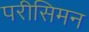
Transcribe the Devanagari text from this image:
परीसिमन